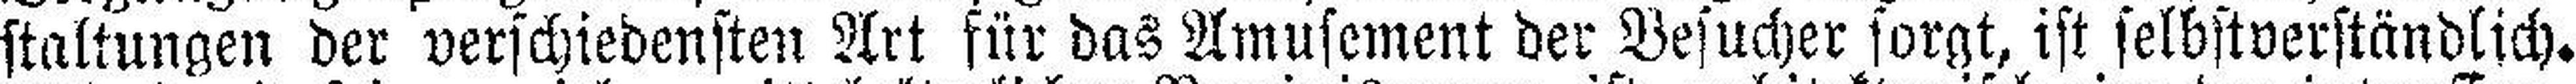
staltungen der verschiedensten Art für das Amusement der Besucher sorgt, ist selbstverständlich.